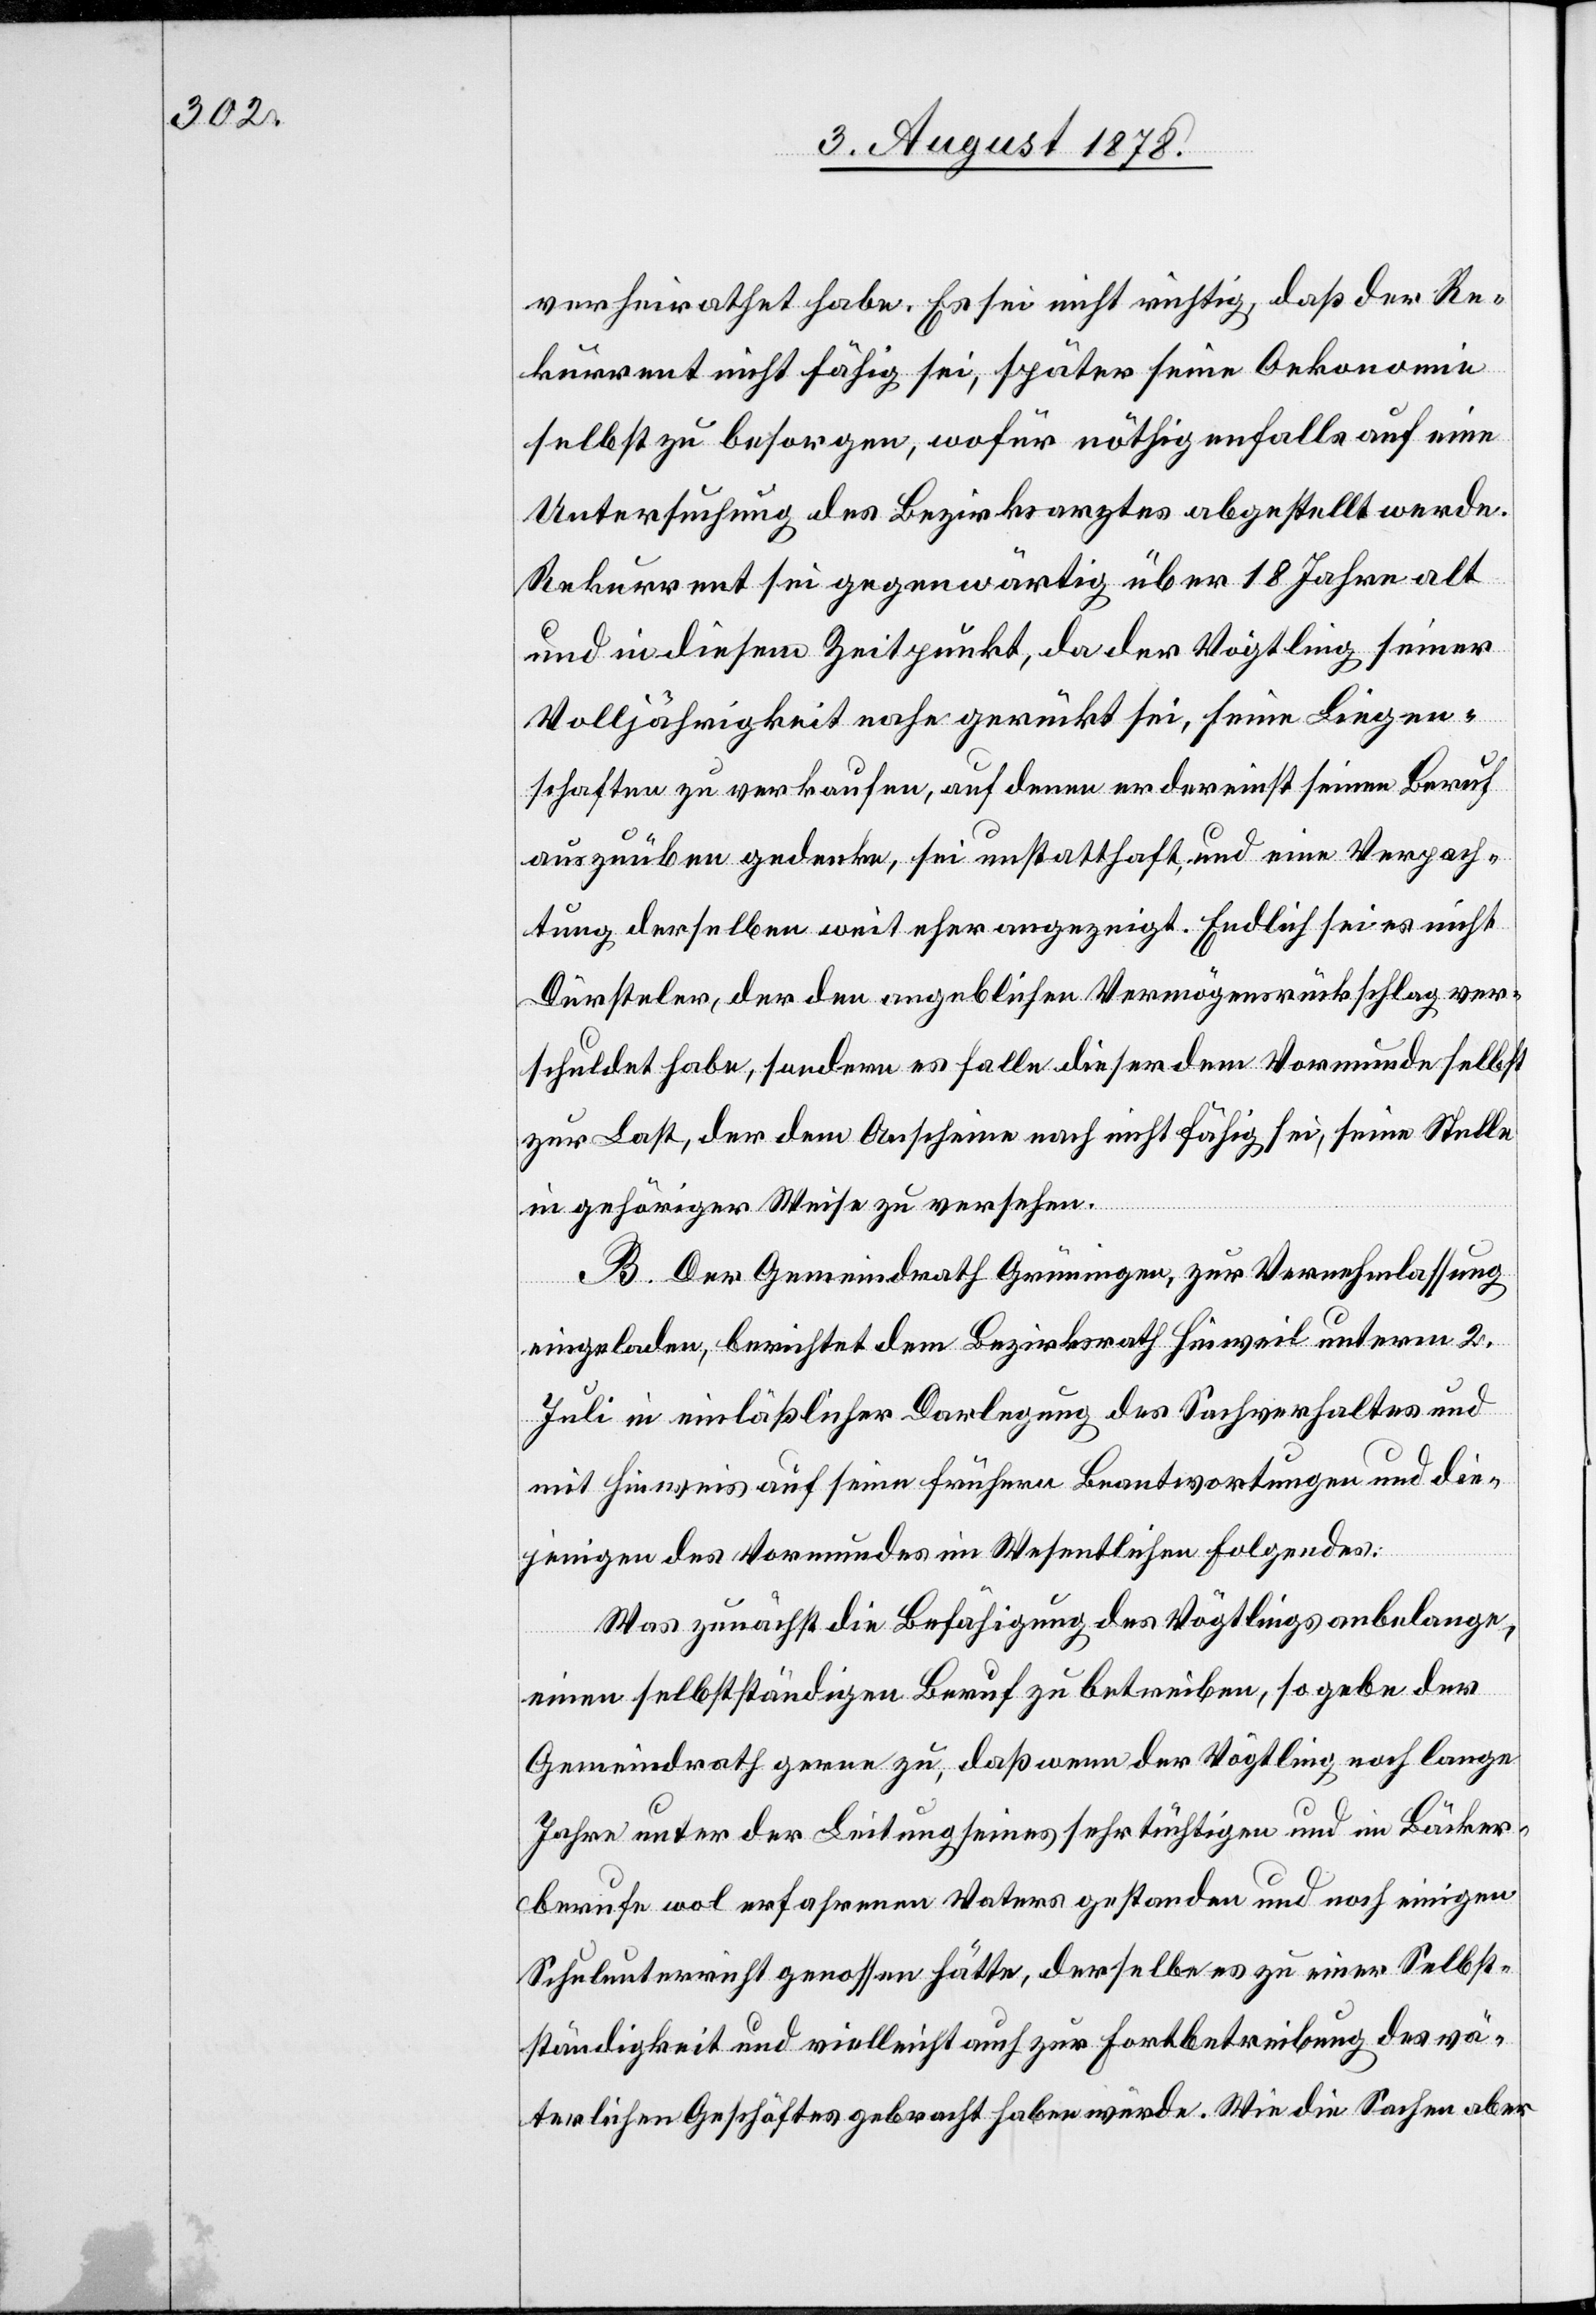
verheirathet habe. Es sei nicht richtig, daß der Re¬
kurrent nicht fähig sei, später seine Oekonomie
selbst zu besorgen, wofür nöthigenfalls auf eine
Untersuchung des Bezirksarztes abgestellt werde.
Rekurrent sei gegenwärtig über 18 Jahre alt
und in diesem Zeitpunkt, da der Vögtling seiner
Volljährigkeit nahe gerückt sei, seine Liegen¬
schaften zu verkaufen, auf denen er dereinst seinen Beruf
auszuüben gedenke, sei unstatthaft, und eine Verpach¬
tung derselben weit eher angezeigt. Endlich sei es nicht
Dürsteler, der den angeblichen Vermögensrückschlag ver¬
schuldet habe, sondern es falle dieser dem Vormunde selbst
zur Last, der dem Anscheine nach nicht fähig sei, seine Stelle
in gehöriger Weise zu versehen.
B. Der Gemeindrath Grüningen, zur Vernehmlassung
eingeladen, berichtet dem Bezirksrath Hinweil unterm 2.
Juli in einlässlicher Darlegung des Sachverhaltes und
mit Hinweis auf seine frühern Beantwortungen und die¬
jenigen des Vormundes im Wesentlichen Folgendes:
Was zunächst die Befähigung des Vögtlings anbelange,
einen selbstständigen Beruf zu betreiben, so gebe der
Gemeindrath gerne zu, daß wenn der Vögtling noch lange
Jahre unter der Leitung seines sehr tüchtigen und im Bäcker¬
berufe wol erfahrenen Vaters gestanden und noch einigen
Schulunterricht genossen hätte, derselbe es zu einer Selbst¬
ständigkeit und vielleicht auch zur Fortbetreibung des vä¬
terlichen Geschäftes gebracht haben werde. Wie die Sachen aber